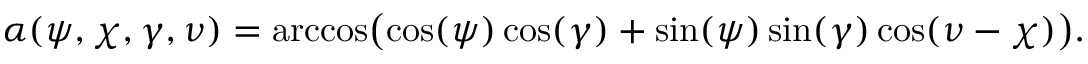
\alpha ( \psi , \chi , \gamma , \nu ) = \operatorname { a r c c o s } \! \big ( \! \cos ( \psi ) \cos ( \gamma ) + \sin ( \psi ) \sin ( \gamma ) \cos ( \nu - \chi ) \big ) .